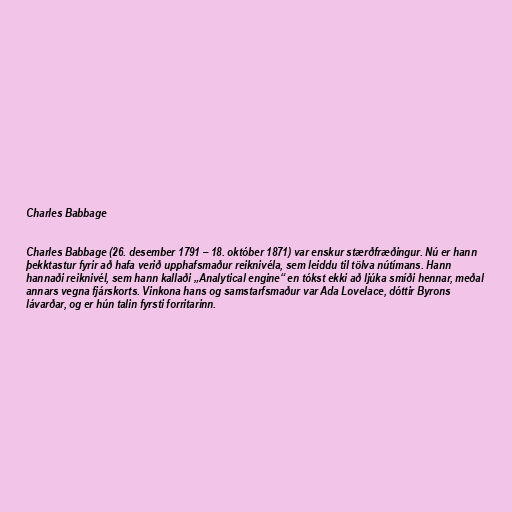
Charles Babbage

Charles Babbage (26. desember 1791 – 18. október 1871) var enskur stærðfræðingur. Nú er hann
þekktastur fyrir að hafa verið upphafsmaður reiknivéla, sem leiddu til tölva nútímans. Hann
hannaði reiknivél, sem hann kallaði „Analytical engine“ en tókst ekki að ljúka smíði hennar, meðal
annars vegna fjárskorts. Vinkona hans og samstarfsmaður var Ada Lovelace, dóttir Byrons
lávarðar, og er hún talin fyrsti forritarinn.